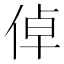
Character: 倬